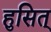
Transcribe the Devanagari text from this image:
हुसित्